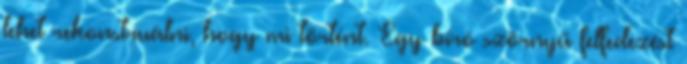
lehet rekonstruálni, hogy mi történt. Egy bíró szörnyű felfedezést